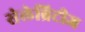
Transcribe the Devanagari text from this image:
सेलेब्रिटीज